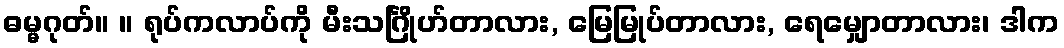
ဓမ္မဂုတ်။ ။ ရုပ်ကလာပ်ကို မီးသင်္ဂြိုဟ်တာလား, မြေမြုပ်တာလား, ရေမျှောတာလား၊ ဒါက